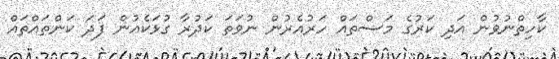
ކާހިތްނުވުން އަދި ކަރުގެ މަސްތައް ހަރުއެރުން ނުވަތަ ކަދުރާ ގުޅަކެއުން ފަދަ ކަންތައްތައް